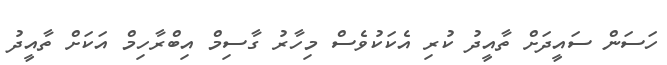
ހަސަން ސައީދަށް ތާއީދު ކުރި އެކަކުވެސް މިހާރު ގާސިމް އިބްރާހިމް އަކަށް ތާއީދު